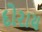
દોરાય